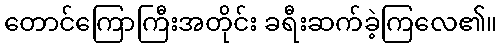
တောင်ကြောကြီးအတိုင်း ခရီးဆက်ခဲ့ကြလေ၏။